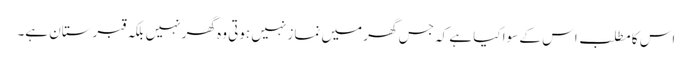
اس کا مطلب اس کے سوا کیا ہے کہ جس گھر میں نماز نہیں ہوتی وہ گھر نہیں بلکہ قبرستان ہے۔